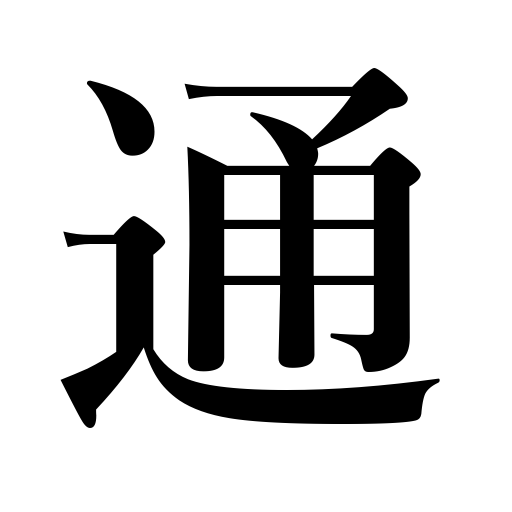
Meanings: keep on doing,breathe,attend school,pass exams,be admissible,permeate,admit,let in,frequent a place,order a meal,circulate,commute,go for treatments,usher in,carry one's point,come in,pierce,pose as,pass something through,drain as a sink,pass through,walk along,be consistent,continue,be understood,persist in,pass,pass a law,draw on a piece,let someone pass,ply between,pass by,cut through,be knows as,reach,expert,make way for,look over a book,penetrate,be charged with